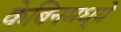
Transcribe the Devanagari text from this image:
केबिनमध्ये